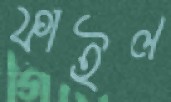
ফাইল